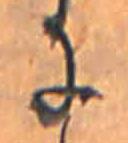
に